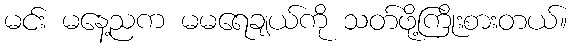
မင်း မနေ့ညက မမရေချယ်ကို သတ်ဖို့ကြိုးစားတယ်။